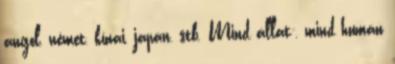
angol, német, kínai, japán, stb. Mind állat-, mind humán